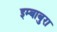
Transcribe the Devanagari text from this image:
इम्बाबुरा